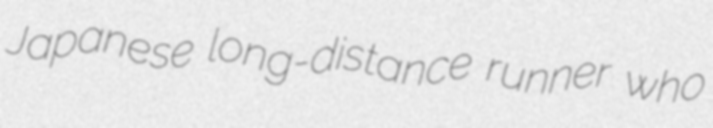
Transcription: Japanese long-distance runner who